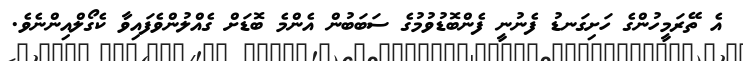
އެ ތޭރަމީހުންގެ ހަށިގަނޑު ފެނުނީ ފެންބޮޑުވުމުގެ ސަބަބުން އެންމެ ބޮޑަށް ގެއްލުންވެފައިވާ ކެގޯލްއިންނެވެ.